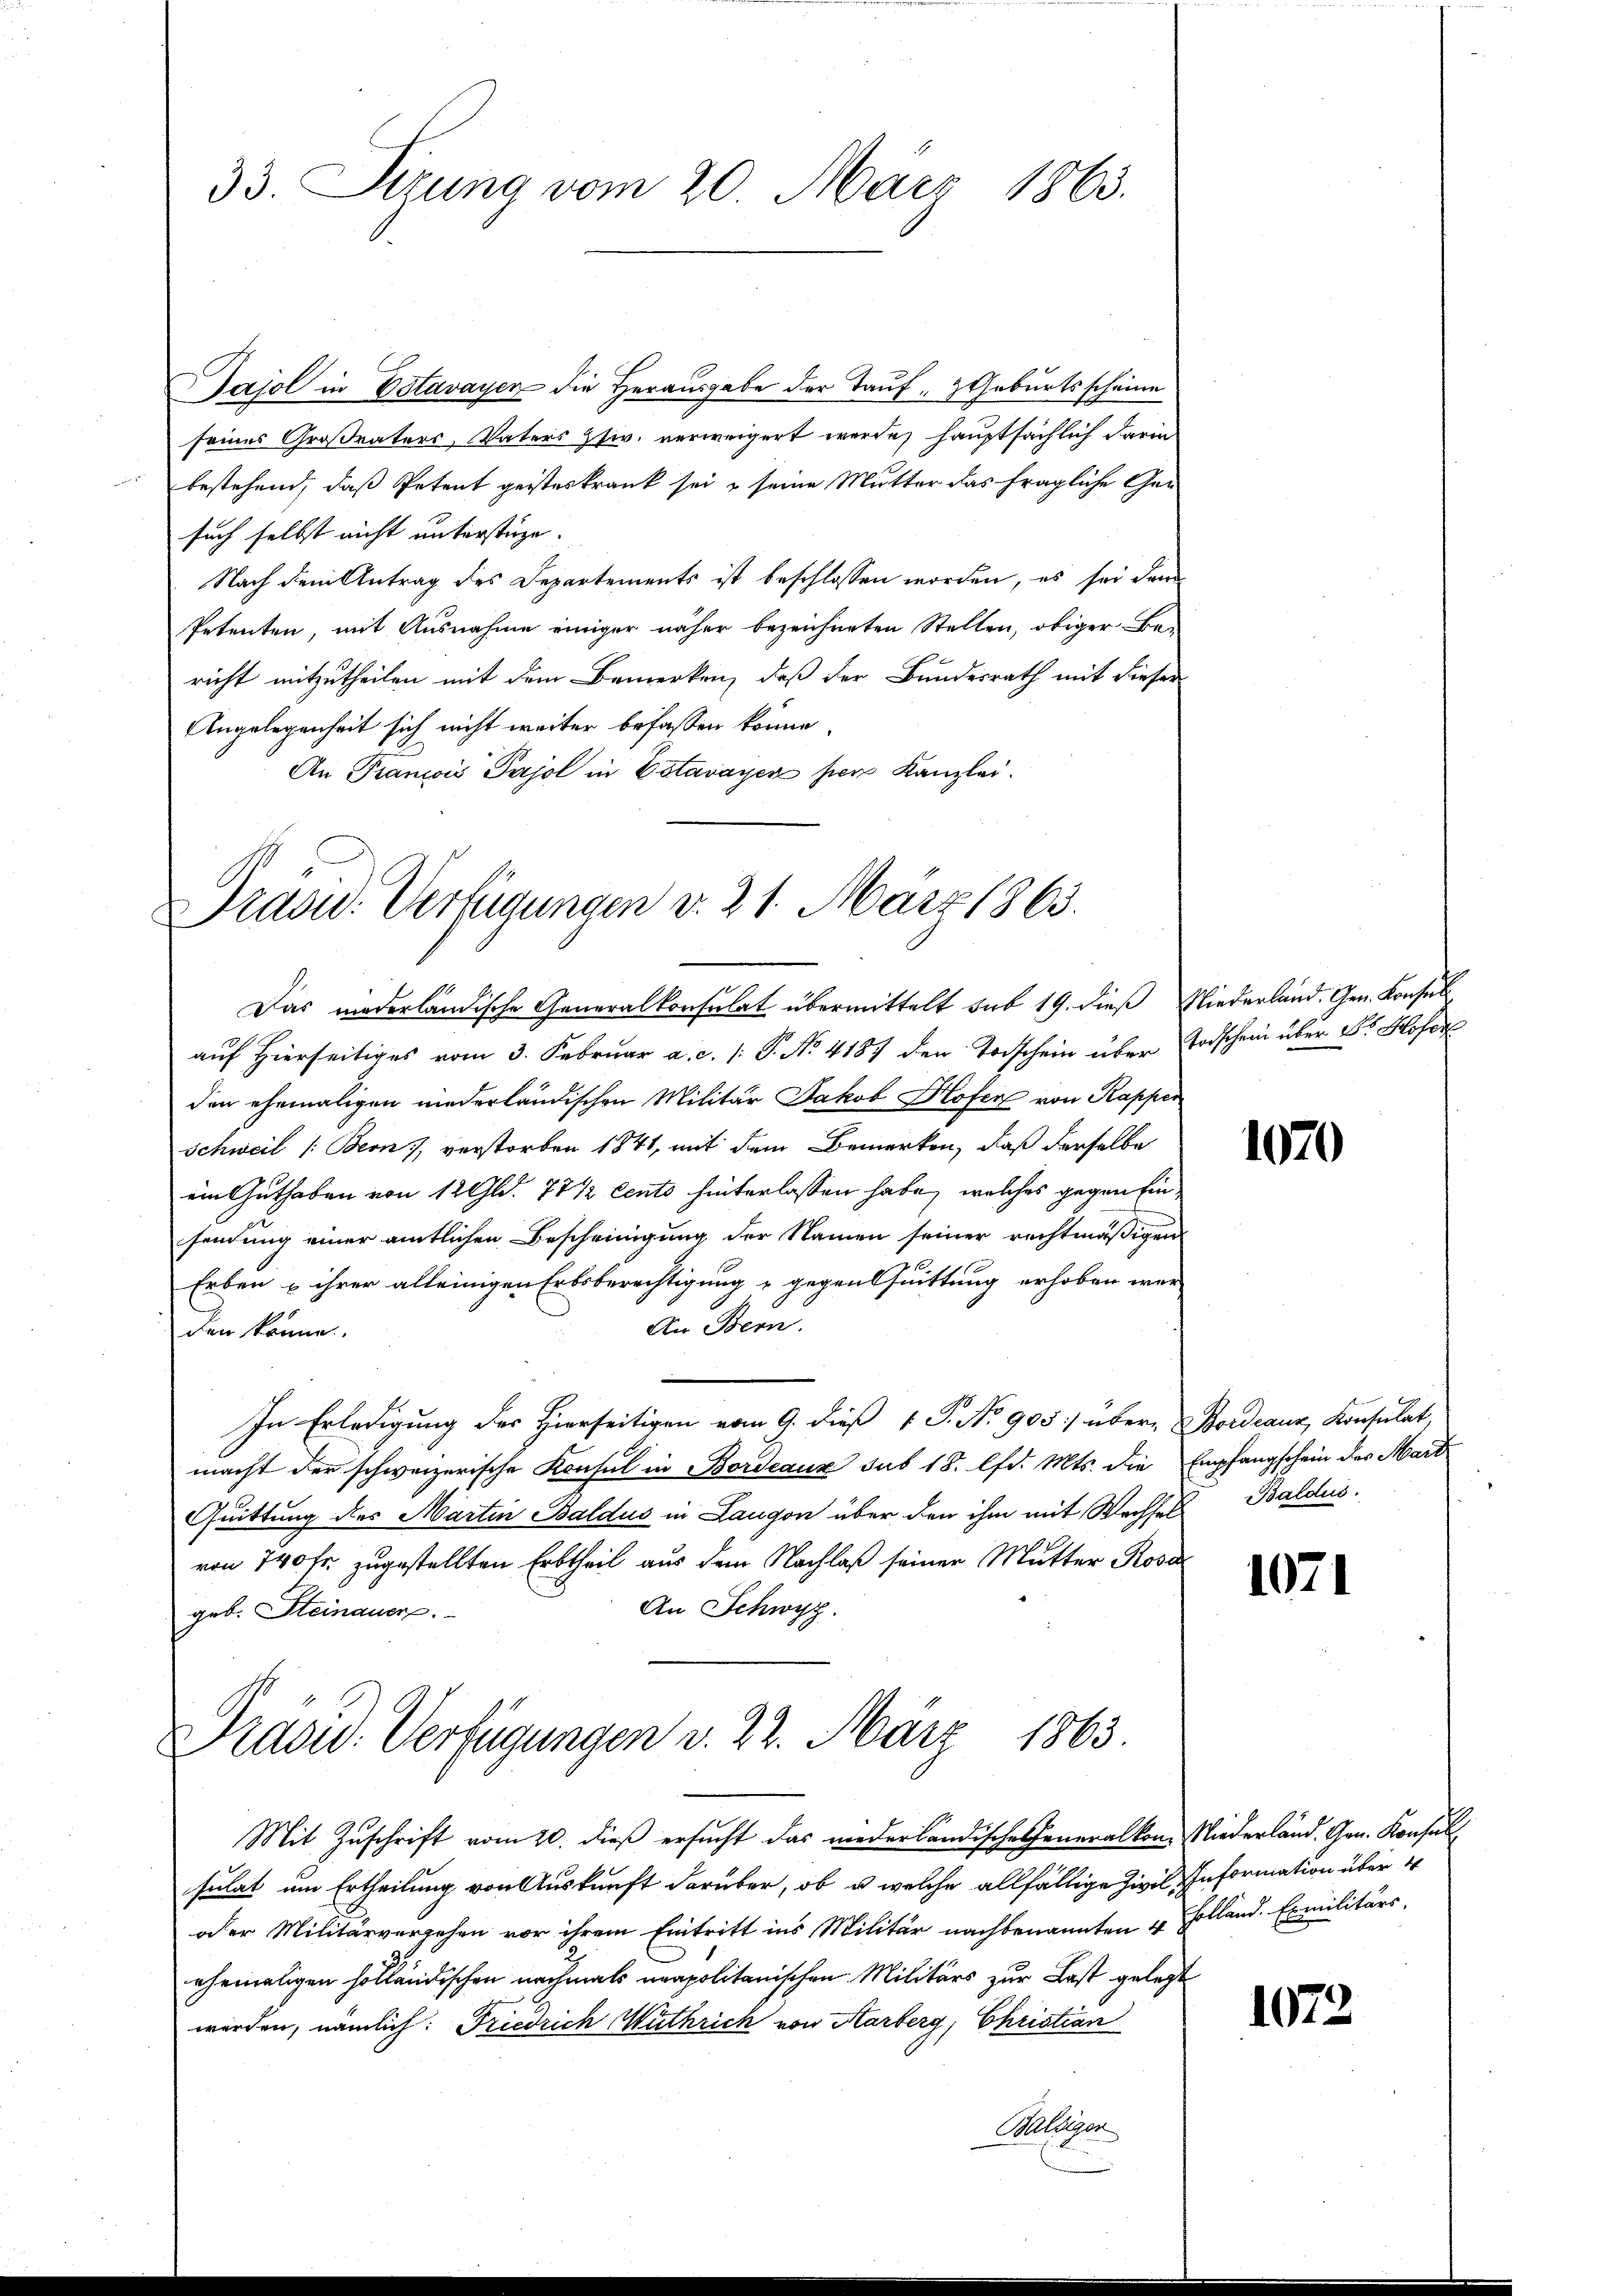
33. Sizung vom 20. März 1863.

Sajol in Estavayen die Herausgabe der Tauf „ZGeburtsscheine
seines Großraters, Vaters ziv. verweigert werde, hauptsächlich darin
bestehend, daß Petent geisteskrank sei & seine Mutter das fragliche Gesuch selbst nicht unterstüze.
Nach dem Antrag des Departements ist beschlossen worden, es sei dem
Petenten, mit Ausnahme einiger näher bezeichneten Stellen, obiger Be-
richt mitzutheilen mit dem Bemerken, daß der Bundesrath mit dieser
Angelegenheit sich nicht weiter befassen könne.
An Franzis Pajol in Estavayer per Kanzlei.

Prasid. Verfügungen d. 21. März 1863.

Das wederländische Generalkonsulat übermittelt sub 19. dieβ Niederland. Gen. Konsul
auf Hierseitiges vom 3. Februar a. c. /: P. No. 4187 den Todschein über Todschein über Dr Hofer
den ehemaligen niederländischen Militär Jakob Hofer von Kapper
Schweil (: Bern, verstorben 1841, mit dem Bemerken, daß derselbe
ein Guthaben von 12 Gld. 77 1/2 cento hinterlassen habe, welches gegen Einsendung einer amtlichen Bescheinigung der Namen seiner rechtmäßigen
Erben u ihrer alleinigen Erbsberechtigung - gegensuittung erhoben wer
An Bern.
den könne.
In Erledigung der Hierseitigen vom 9. dieß 1 S. No 905 über ordeaux, Konsulat,
macht der schweizerische Konsul in Bordeaux sub 15. lfd. Mts. die Empfangschein des Mart
Quittung der Martin Baldus in Langen über den ihm mit Wechses Baldus.
von 740 fr. zugestellten Erbtheil aus dem Nachlaß seiner Mutter Rosa
An Schwyz.
geb. Steinauer.

Dradid. Verfügungen v. 22. März 1863.

Mit Zuschrift vom 20. dieß ersucht das niederländische Generalkon Niederländ. Gen. Konsul
sulat um Ertheilung von Auskunft darüber, ob u. welche allfällige Zivil Information über 4
oder Militärvergehen vor ihrem Eintritt ins Militär nachbenannten 4 Colland. Exmilitärs,
ehemaligen holländischen nochmals neapolitanischen Militärs zur Last gelegt
werden, nämlich: Friedrich Wuthrich von Harberg, Christian
Melligen

1070

1071

1072